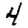
Digit: 4